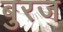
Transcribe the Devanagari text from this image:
बुरज